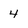
Character: 4